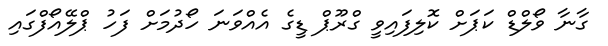
ގާނާ ވޯލްޑް ކަޕަށް ކޮލިފައިވީ ގްރޫޕް ޑީގެ އެއްވަނަ ހޯދުމަށް ފަހު ޕްލޭއޯފްގައި